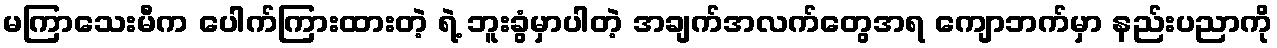
မကြာသေးမီက ပေါက်ကြားထားတဲ့ ရဲ့ ဘူးခွံမှာပါတဲ့ အချက်အလက်တွေအရ ကျောဘက်မှာ နည်းပညာကို